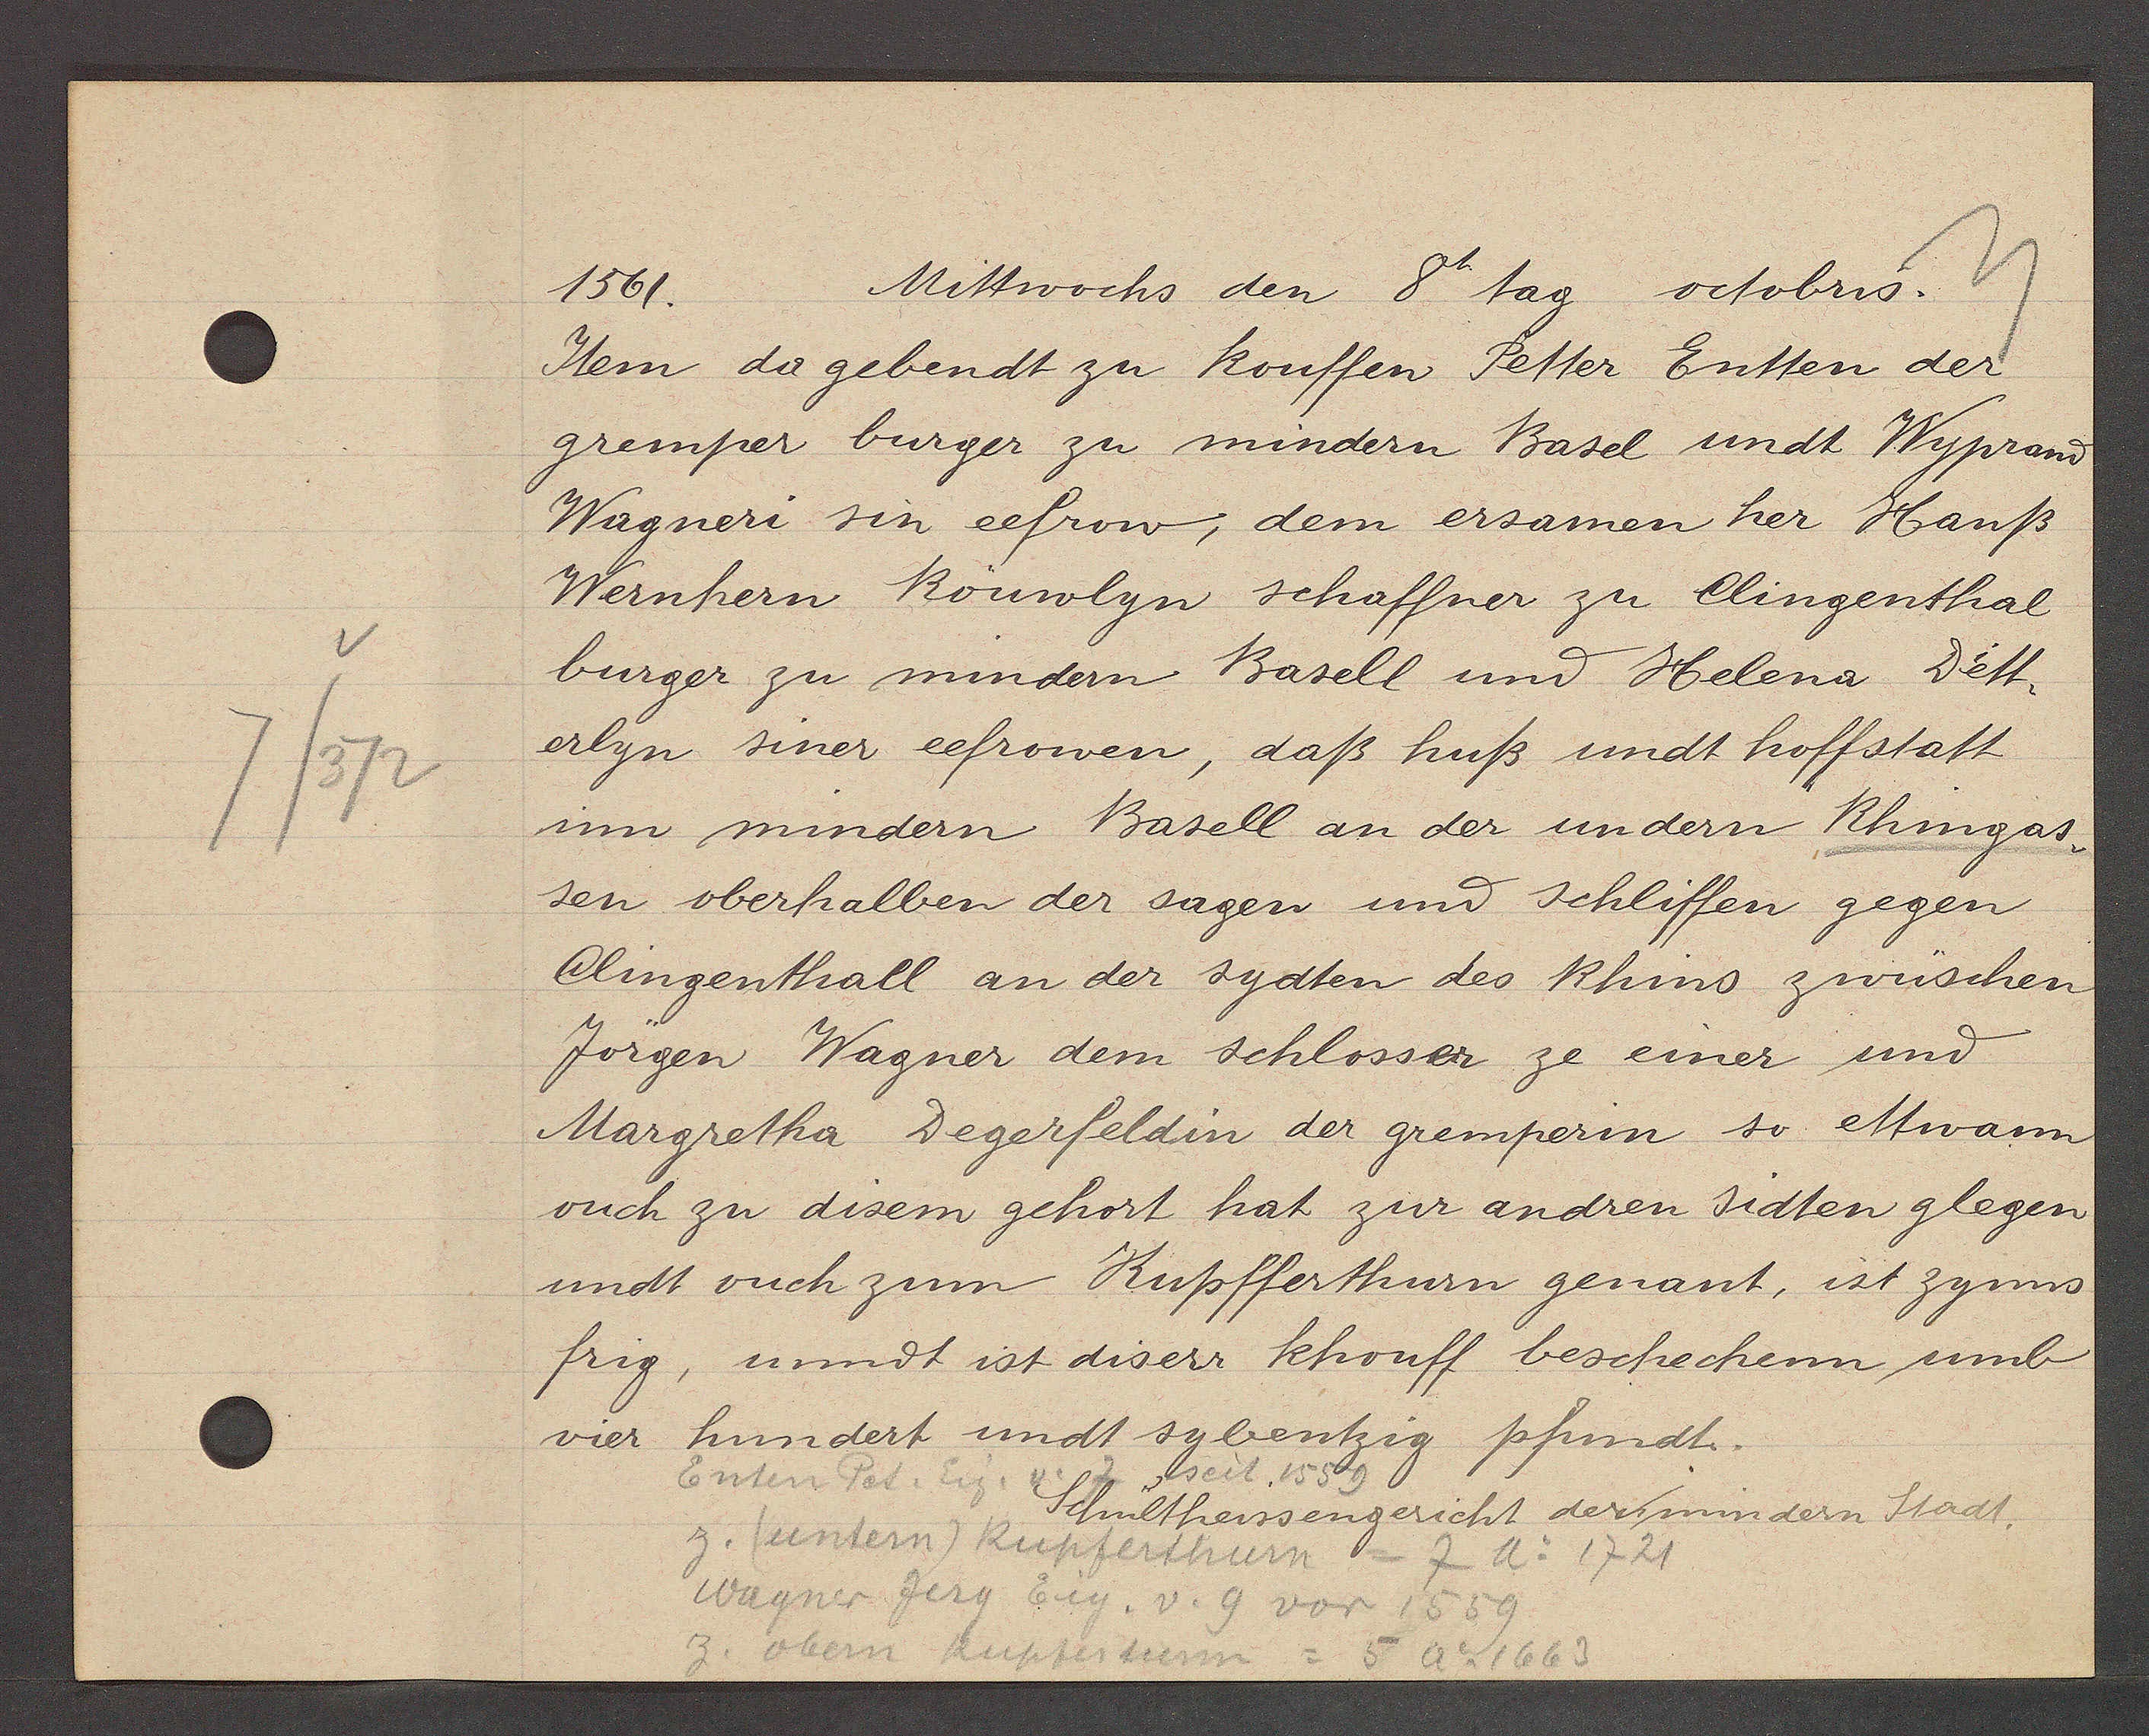
Transcript:
v
7/372

1561.
Mittwochs den 8 tag octobus.

Item da gebendt zu kouffen Petter Entten der
gremper burger zu mindern Basel undt Wyprand
Wagneri sin eefrow, dem ersamen her Hanß
Wernhern kouwlyn schaffner zu Clingenthal
burger zu mindern Basell und Helena Dett.
erlyn siner eefrowen, daß huß undt hoffstatt
im mindern Basell an der un dern Rhingas¬
sen oberhalben der sagen und schliffen gegen
Clingenthall an der sydten des Rhins zwüschen
Jörgen Wagner dem schlosser ze einer und
Margretha Degerfeldin der gremperin so ettwam
ouch zu disem gehört hat zur andren sidten glegen
undt ouch zum Kupfferthurn genant, ist zynns
frig, unndt ist diserr khouff beschechenn umb
hundert undt sybentzig pfundt.
vier

Enten Pet. Eig. v.
7 seit 1559

Schultheissengericht der mindern Stadt.

z. (untern) Kupferthurn
7 Ao 1721
Wagner Jerg Eig. v. 9 vor 1559
z. obern Kupferturn = 5 Ao 1663